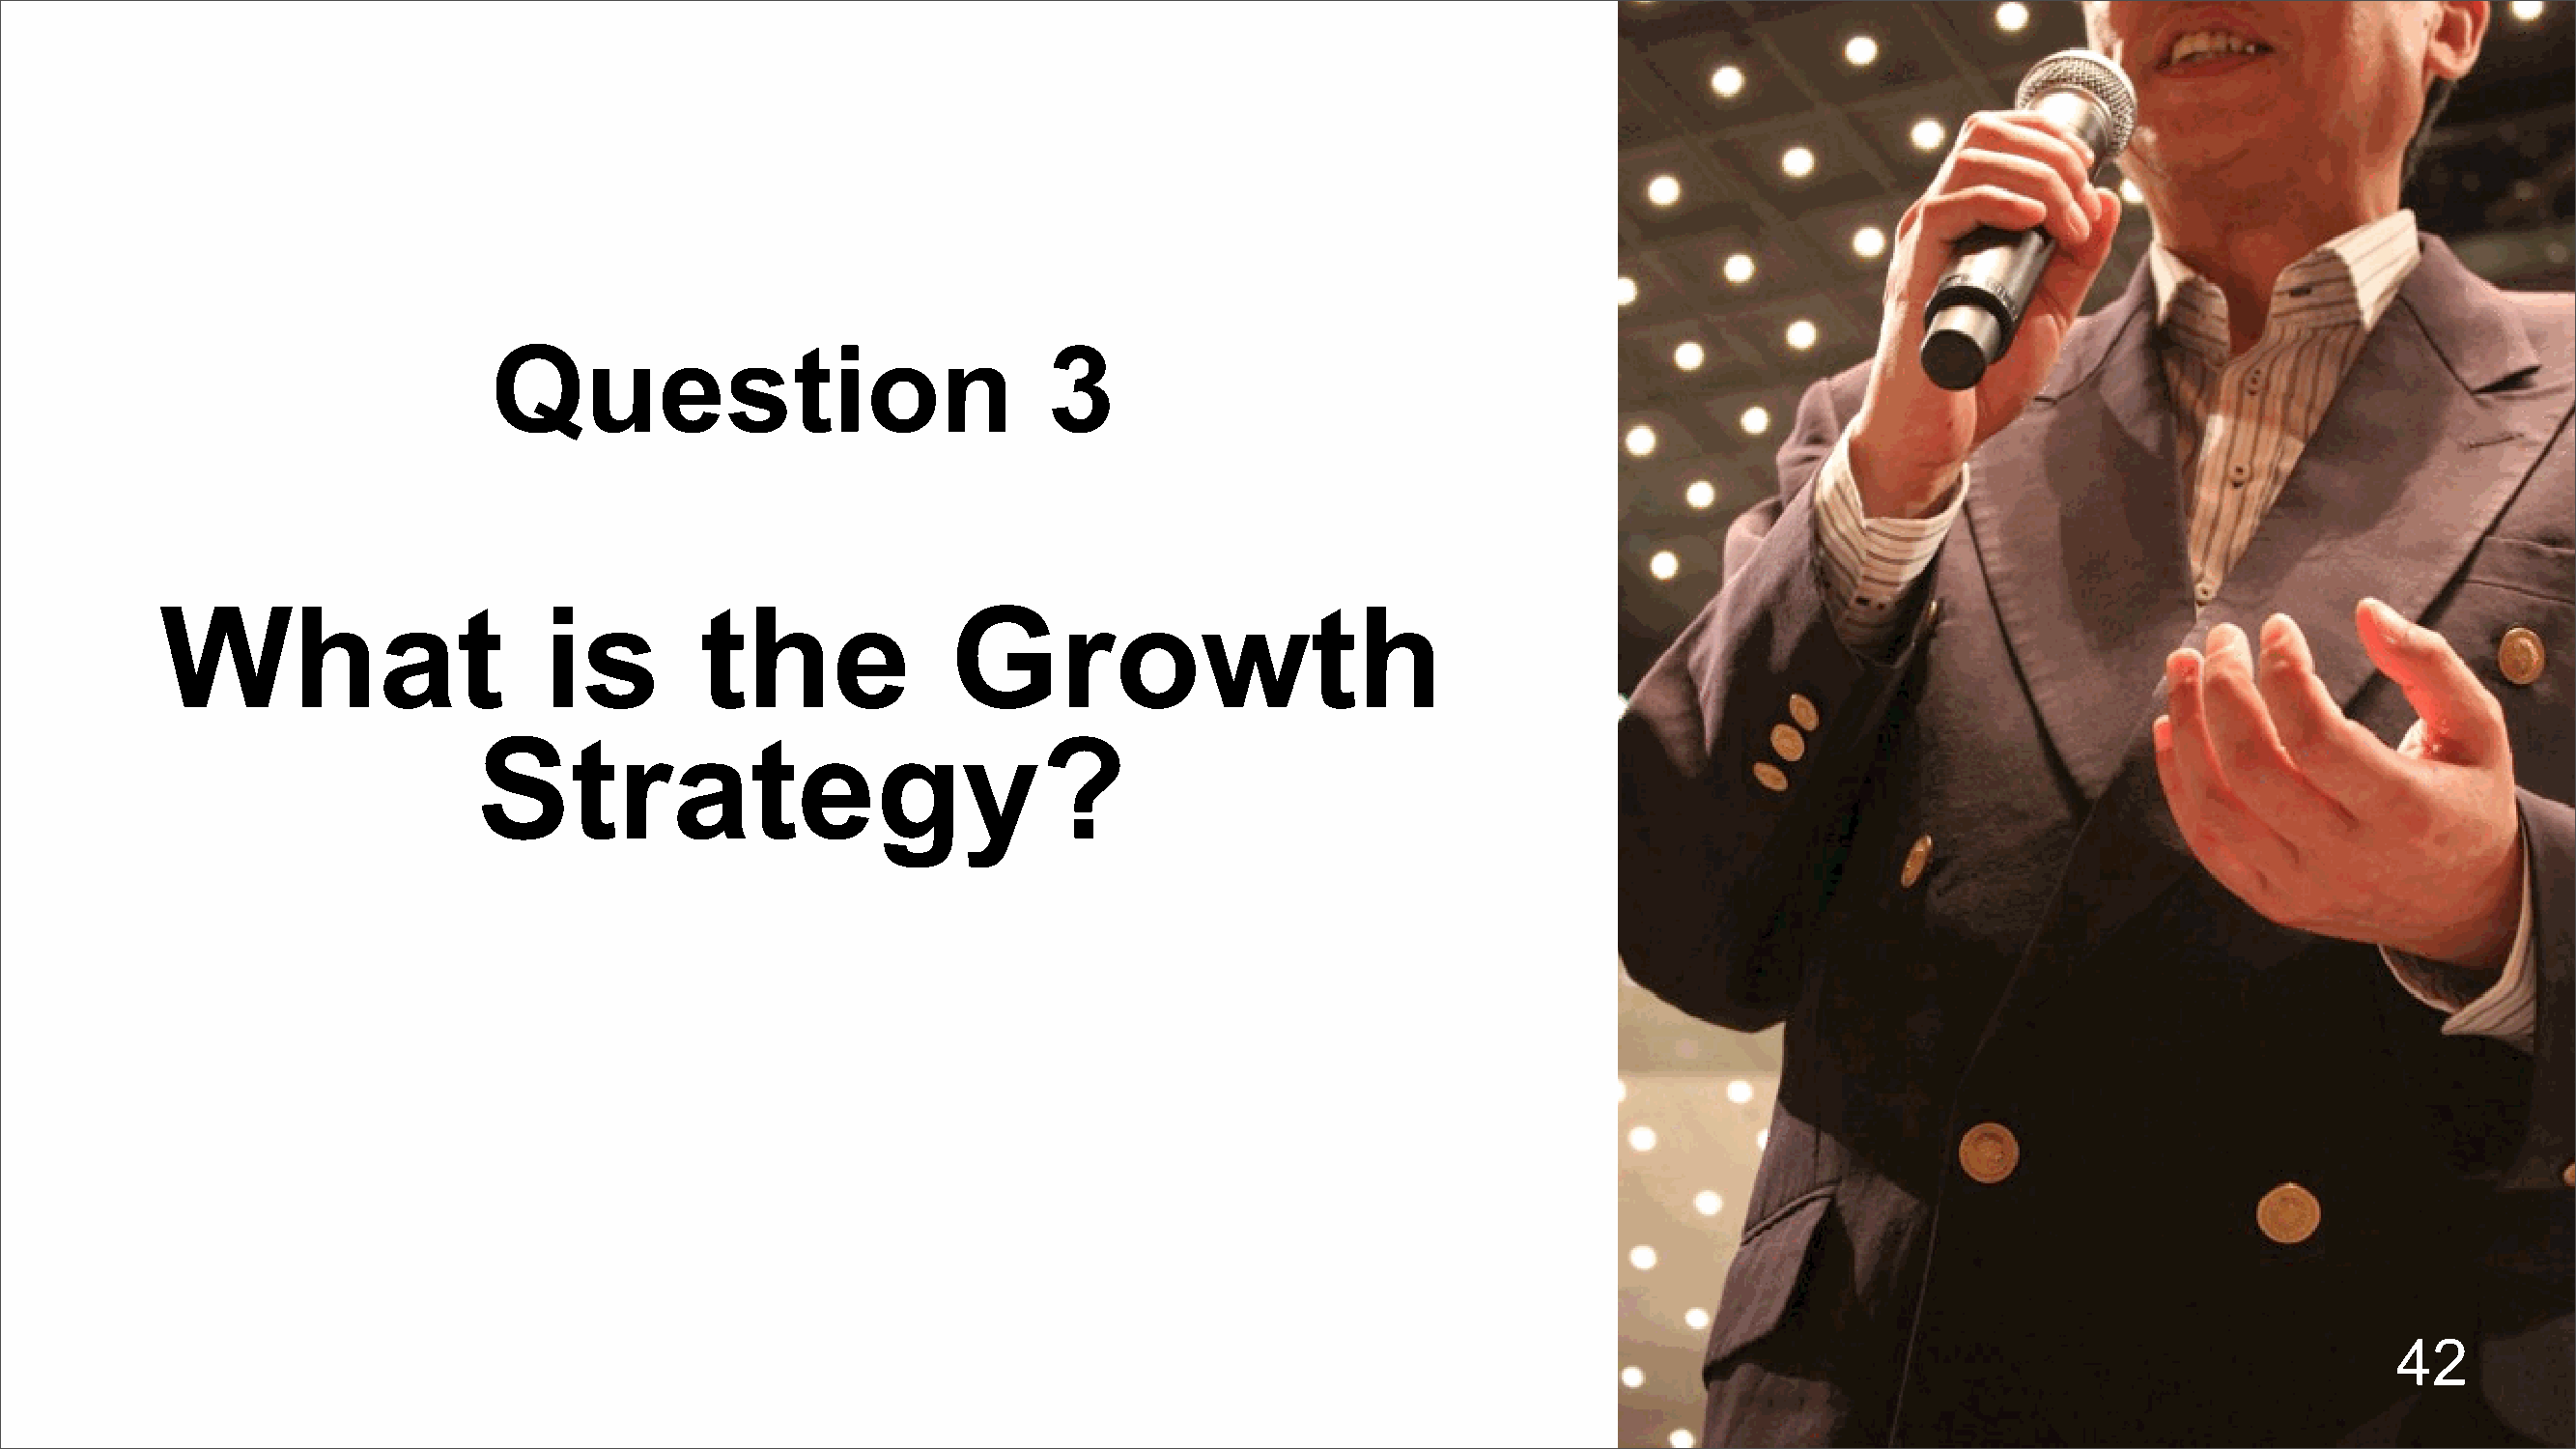
Question                              3
 What                      is         the              Growth
 Strategy?
 42